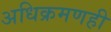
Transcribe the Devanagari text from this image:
अधिक्रमणही